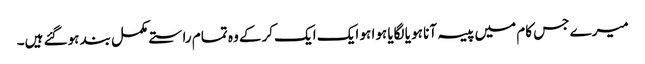
میرے جس کام میں پیسہ آنا ہو یا لگایا ہوا ہو ایک ایک کرکے وہ تمام راستے مکمل بند ہوگئے ہیں۔